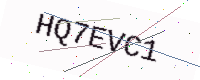
Text: HQ7EVC1